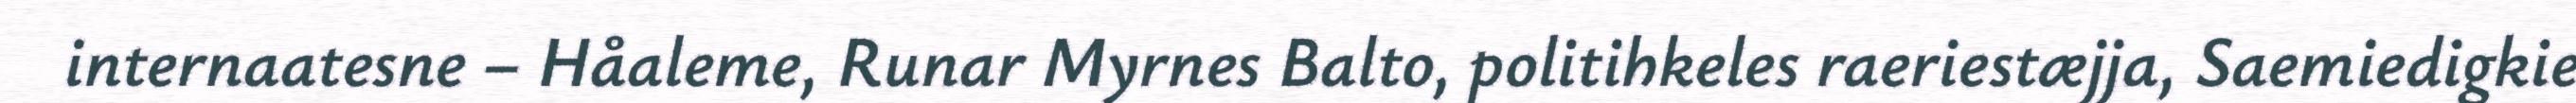
internaatesne – Håaleme, Runar Myrnes Balto, politihkeles raeriestæjja, Saemiedigkie